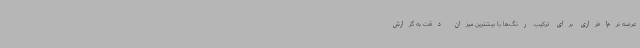
عرضه نرم‌افزاری برای ترکیب رنگ‌ها با بیشترین میزان‌ دقت به گزارش